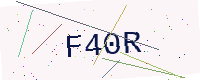
Text: F40R